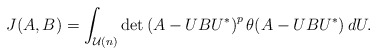
\begin{align*} J(A,B)=\int_{\mathcal U(n)} \det \left(A-UBU^*\right)^{p} \theta(A-UBU^*) \, dU.\end{align*}